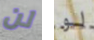
لن لو